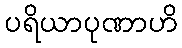
ပရိယာပုဏာဟိ